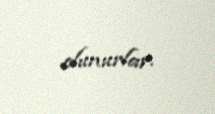
olunurlar.